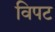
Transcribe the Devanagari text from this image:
विपट